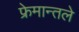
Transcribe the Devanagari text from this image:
फ्रेमान्तले